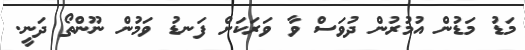
މަޑު މަޑުން އުމުރުން ދުވަސް ވާ ވަރަކަށް ފަނޑު ވަމުން ނޫންތޯ ދަނީ.